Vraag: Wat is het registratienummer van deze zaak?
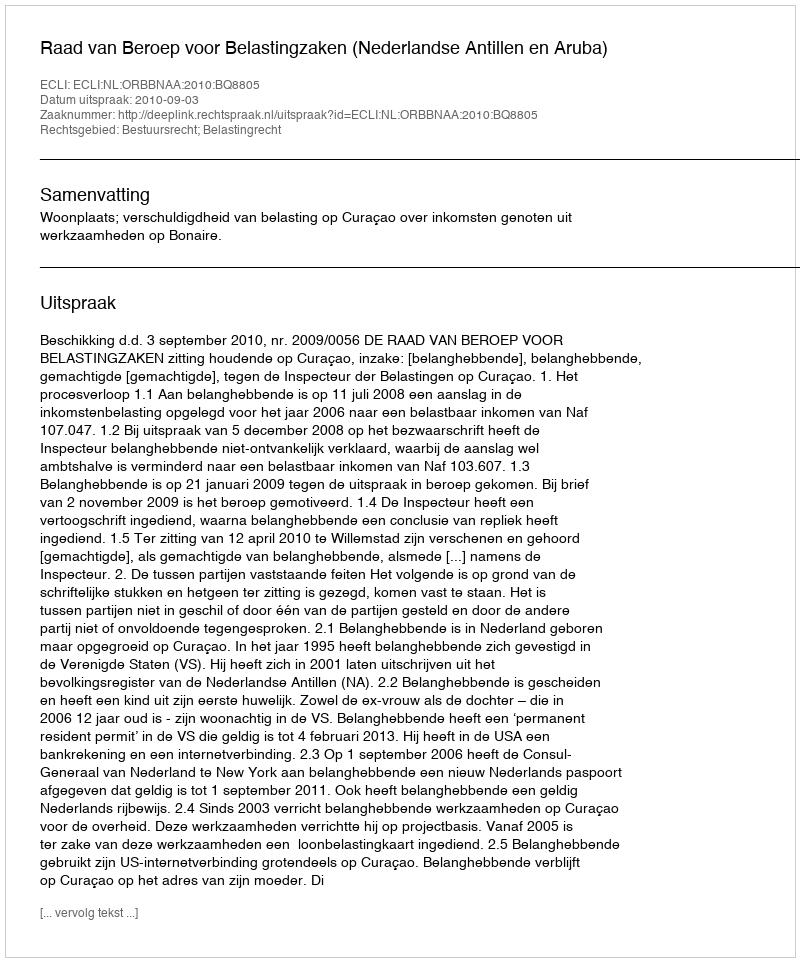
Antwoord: http://deeplink.rechtspraak.nl/uitspraak?id=ECLI:NL:ORBBNAA:2010:BQ8805